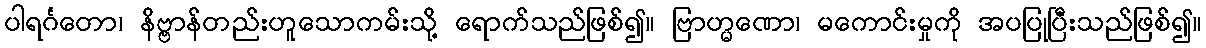
ပါရင်္ဂတော၊ နိဗ္ဗာန်တည်းဟူသောကမ်းသို့ ရောက်သည်ဖြစ်၍။ ဗြာဟ္မဏော၊ မကောင်းမှုကို အပပြုပြီးသည်ဖြစ်၍။